Papers set at the Examination for Leaving Certificates, 1895
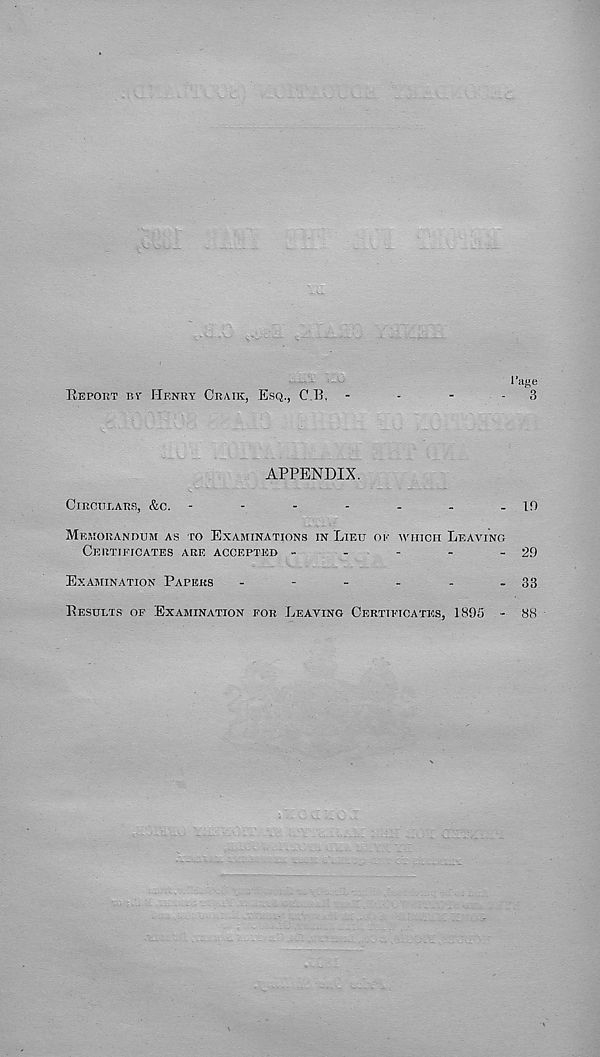
•’age
REPOUT i:r HENRY ORAIK, ESQ., C l!,
-
-
-
-3
APPENDIX.
CIRCULARS, &C.
-
-
-
-
-
-
-
19
MEMORANDUM AS TO EXAMINATIONS IN LIEU OK WHICH LEAVING
CERTIFICATES ARE. ACCEPTED -
-
-
-
-
29
EXAMINATION PAPERS
-
-
-
-
-
-
33
RESULTS OP EXAMINATION FOR LEAVING CERTIFICATES, 1895
-
88